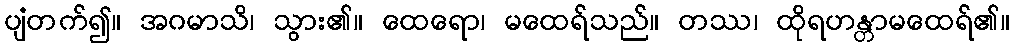
ပျံတက်၍။ အဂမာသိ၊ သွား၏။ ထေရော၊ မထေရ်သည်။ တဿ၊ ထိုရဟန္တာမထေရ်၏။